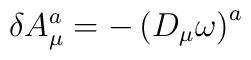
\delta A_{\mu }^{a}=-\left( D_{\mu }\omega \right) ^{a}